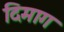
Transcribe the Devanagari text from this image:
दिमाग